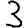
Digit: 3